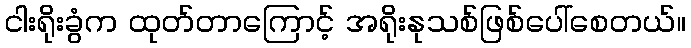
ငါးရိုးခွံက ထုတ်တာကြောင့် အရိုးနုသစ်ဖြစ်ပေါ်စေတယ်။